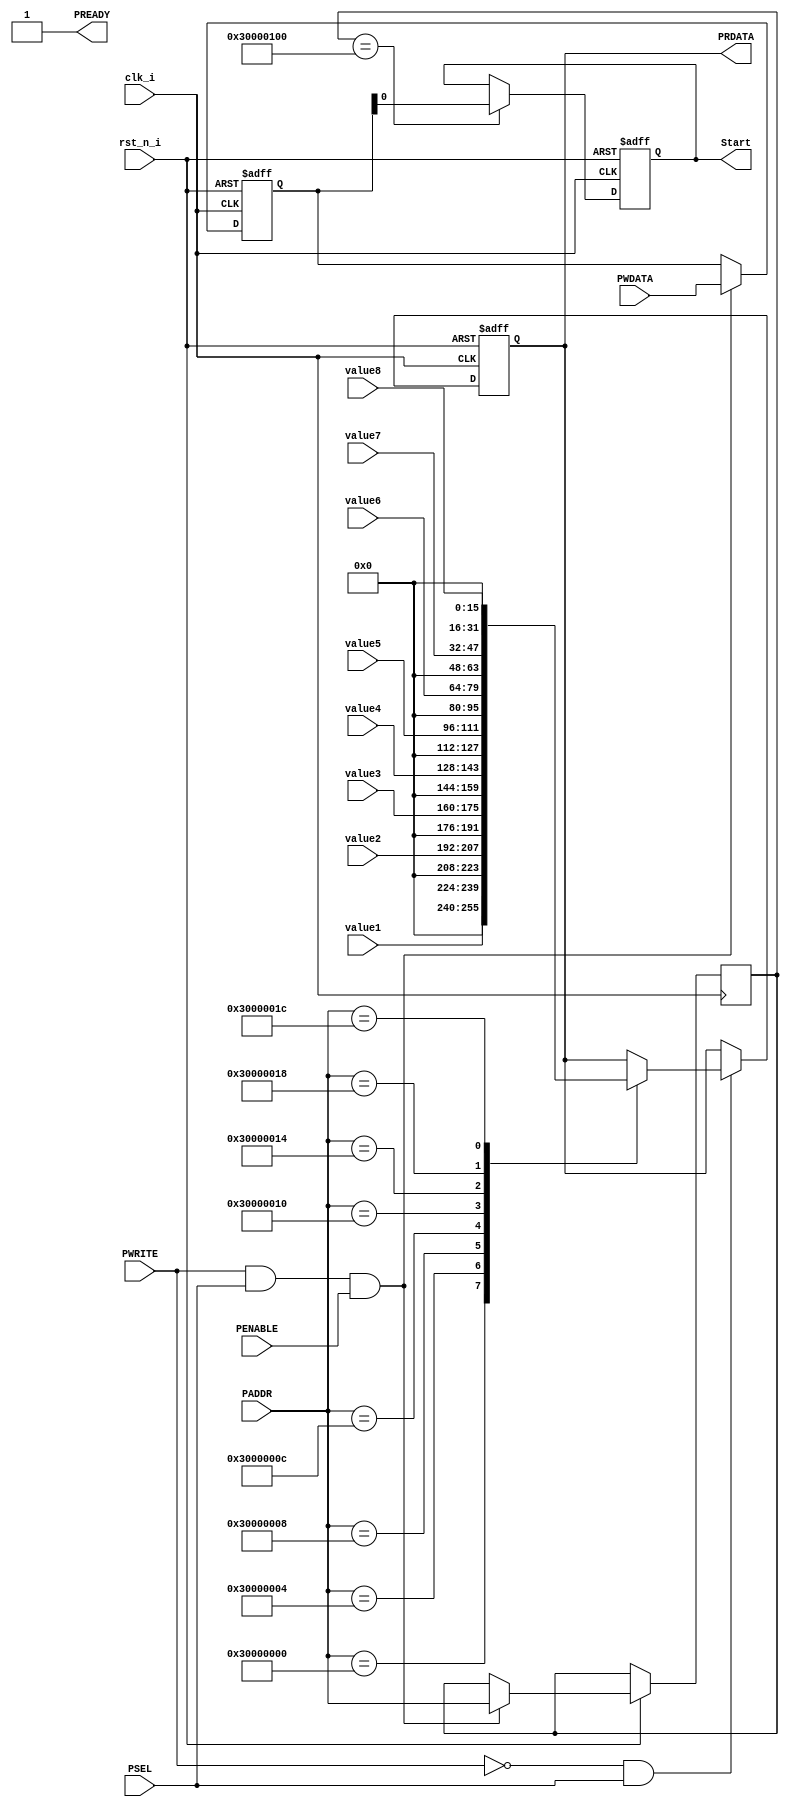
//value1--3000_0000 
//value2--3000_0004
//value3--3000_0008
//value4--3000_000c
//value5--3000_0010
//value6--3000_0014
//value7--3000_0018
//value8--3000_001c
//Start---3000_0100

`timescale 1ns/1ns

module APBSlave_AD7609(

	// APB Slave Interface
	input	[31:0]	PADDR,
	input			PSEL,
	input			PENABLE,
	input			PWRITE,
	output	[31:0]	PRDATA,
	input	[31:0]	PWDATA,
	output			PREADY,
//	output			PSLVERRS,
	
	// 
    input  [15:0]  value1,
    input  [15:0]  value2,
    input  [15:0]  value3,
    input  [15:0]  value4,
    input  [15:0]  value5,
    input  [15:0]  value6,
    input  [15:0]  value7,
    input  [15:0]  value8,
    input          clk_i,
    input          rst_n_i,
    output  reg    Start
	
);

	assign		PREADY = 1'b1;

	//??MSS????
	reg	[31:0]	DataFromMSS_r;
	reg	[31:0]	AddrFromMSS_r;

	always @ (posedge clk_i or negedge rst_n_i)
	begin
		if(!rst_n_i) begin
			DataFromMSS_r <= 32'd0;
		end 
		else if(PWRITE & PSEL & PENABLE)begin			// ???
			AddrFromMSS_r <= PADDR;
			DataFromMSS_r <= PWDATA;		
		end	
		
	end 

	//raed data from mss
	always @ (posedge clk_i or negedge rst_n_i)
	begin
		if(!rst_n_i) begin
			Start <= 0;
		end 
		else begin
			case(AddrFromMSS_r)
				32'h3000_0100:  	Start<= DataFromMSS_r[0];
				default: begin
					Start <= Start;
				end 
			endcase	
		end 
	end 
	
	

	//write data to msss
	reg	[31:0]	DataFromFabricToMSS_r;	
	always @ (posedge clk_i or negedge rst_n_i)
	begin
		if(!rst_n_i) begin
			DataFromFabricToMSS_r <= 32'd0;
		end
		else if(!PWRITE & PSEL) begin
			case(PADDR)
				32'h3000_0000:		DataFromFabricToMSS_r <=value1 ;
				32'h3000_0004:		DataFromFabricToMSS_r <=value2 ;
				32'h3000_0008:		DataFromFabricToMSS_r <=value3 ;
				32'h3000_000c:		DataFromFabricToMSS_r <=value4 ;
				32'h3000_0010:		DataFromFabricToMSS_r <=value5 ;
				32'h3000_0014:		DataFromFabricToMSS_r <=value6 ;
				32'h3000_0018:		DataFromFabricToMSS_r <=value7 ;
				32'h3000_001c:		DataFromFabricToMSS_r <=value8 ;				
				default: 			DataFromFabricToMSS_r <= DataFromFabricToMSS_r;			
			endcase 
		end 
		else
			DataFromFabricToMSS_r <= DataFromFabricToMSS_r;				
	end
	
	assign	PRDATA = DataFromFabricToMSS_r;
			
			
			
						
endmodule
/************************************????*************************************************************/